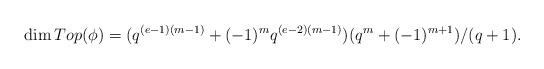
LaTeX: \begin{align*}\dim Top(\phi)=(q^{(e-1)(m-1)}+(-1)^m q^{(e-2)(m-1)})(q^m+(-1)^{m+1})/(q+1).\end{align*}